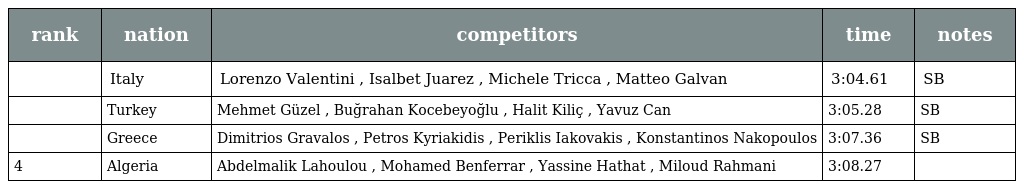
| rank | nation | competitors | time | notes |
 | --- | --- | --- | --- | --- |
 |  | Italy | Lorenzo Valentini , Isalbet Juarez , Michele Tricca , Matteo Galvan | 3:04.61 | SB |
 |  | Turkey | Mehmet Güzel , Buğrahan Kocebeyoğlu , Halit Kiliç , Yavuz Can | 3:05.28 | SB |
 |  | Greece | Dimitrios Gravalos , Petros Kyriakidis , Periklis Iakovakis , Konstantinos Nakopoulos | 3:07.36 | SB |
 | 4 | Algeria | Abdelmalik Lahoulou , Mohamed Benferrar , Yassine Hathat , Miloud Rahmani | 3:08.27 |  |